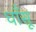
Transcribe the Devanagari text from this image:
धाँसू